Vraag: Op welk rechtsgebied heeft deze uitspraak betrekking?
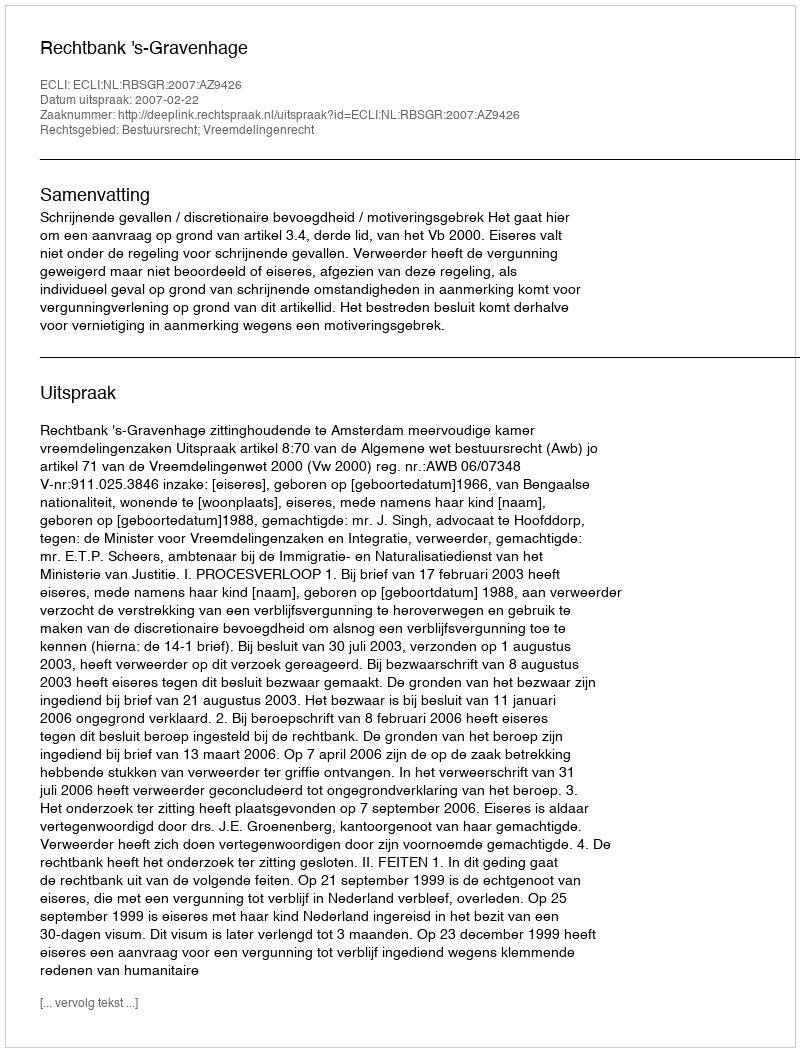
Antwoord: Bestuursrecht; Vreemdelingenrecht